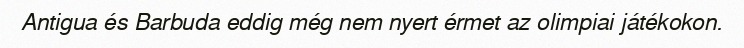
Antigua és Barbuda eddig még nem nyert érmet az olimpiai játékokon.